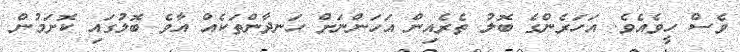
ވެސް ހީވެއެވެ. އަހަރެންގެ ބޮލު ތެރެއިން އަހަންނަށް ހަނދާންތަކެއް އާވެ ބޮލުގައި ކޮށަމުން